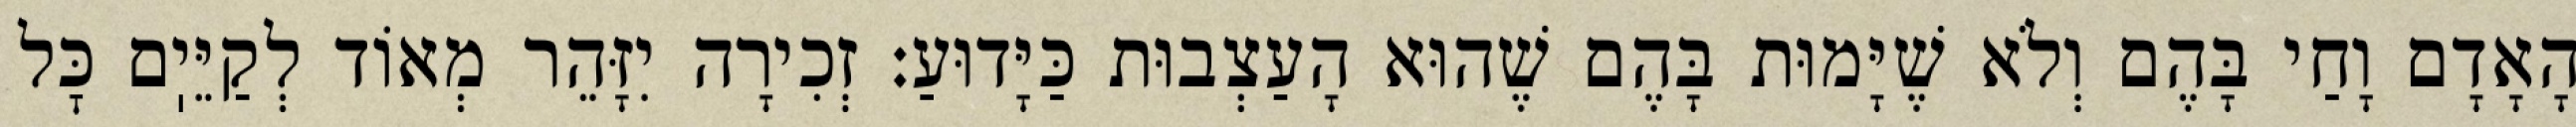
הָאָדָם וָחַי בָּהֶם וְלֹא שֶׁיָּמוּת בָּהֶם שֶׁהוּא הָעַצְבוּת כַּיָּדוּעַ: זְכִירָה יִזָּהֵר מְאוֹד לְקַיֵּיֽם כׇּל